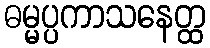
ဓမ္မပ္ပကာသနေတ္ထ